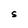
Character: S